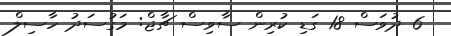
6 ދުވަސް 18 ގަޑި ކުރިން ސާވިސް ޗާޖް: މަގުސަދު ހާސިލް